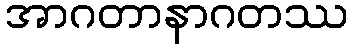
အာဂတာနာဂတဿ